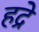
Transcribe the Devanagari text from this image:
हद्रे